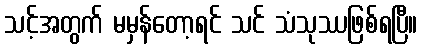
သင့်အတွက် မမှန်တော့ရင် သင် သံသုဿဖြစ်ရပြီ။